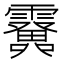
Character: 𩆫